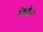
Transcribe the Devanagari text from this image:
वेबकॅम